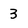
Character: 3